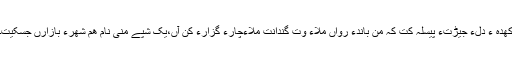
کھدہَ ءَ دلءَ جِیڑتءُُ پِیسلہ کُت کہ من باندءَ رواں مُلاءَ وت گِنداَنت مُلاءِچارءُُ گُزارءَ کن آں،یک شپے منی نام ھم شَھرءُُ بازارں جَسکیت۔